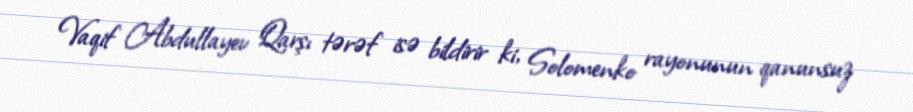
Vaqif Abdullayev Qarşı tərəf isə bildirir ki, Solomenko rayonunun qanunsuz